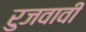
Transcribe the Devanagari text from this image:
रुजवावी